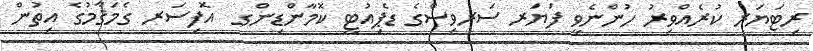
ރިޓަޔަރ ކުރެއްވިރު ހުންނެވީ ފަޔަރ ސަރވިސްގެ ޑެޕިއުޓީ ކޮމާންޑިންގ  އޮފިސަރ ގެމަޤާމުގެ އިތުން